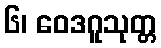
၆၊ ဝေဒဂူသုတ္တ